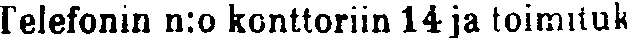
Telefonin n:o konttoriin 14 ja toimituk